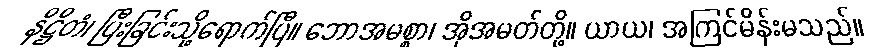
နိဋ္ဌိတံ၊ ပြီးခြင်းသို့ရောက်ပြီ။ ဘောအမစ္စာ၊ အိုအမတ်တို့။ ယာယ၊ အကြင်မိန်းမသည်။